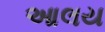
આલય